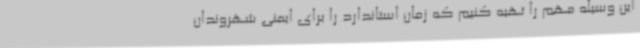
این وسیله مهم را تهیه کنیم که زمان استاندارد را برای ایمنی شهروندان